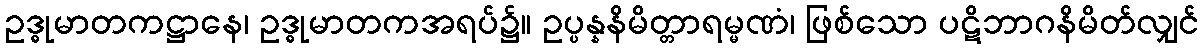
ဥဒ္ဓုမာတကဋ္ဌာနေ၊ ဥဒ္ဓုမာတကအရပ်၌။ ဥပ္ပန္နနိမိတ္တာရမ္မဏံ၊ ဖြစ်သော ပဋိဘာဂနိမိတ်လျှင်